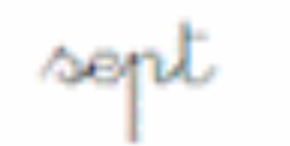
sept